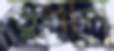
ভুপাল